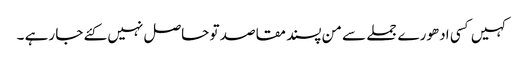
کہیں کسی ادھورے جملے سے من پسند مقاصد تو حاصل نہیں کئے جا رہے ۔